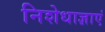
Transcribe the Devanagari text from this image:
निशेधाज्ञाएं